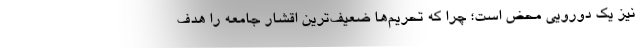
نیز یک دورویی محض است؛ چرا که تحریم‌ها ضعیف‌ترین اقشار جامعه را هدف